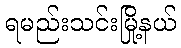
ရမည်းသင်းမြို့နယ်